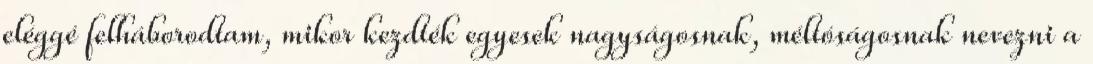
eléggé felháborodtam, mikor kezdték egyesek nagyságosnak, méltóságosnak nevezni a